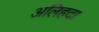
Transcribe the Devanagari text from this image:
अलिहदा